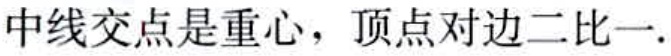
中线交点是重心，顶点对边二比一.